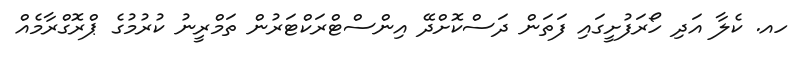
ހއ. ކެލާ އަދި ހޯރަފުށީގައި ފަތަން ދަސްކޮށްދޭ އިންސްޓްރަކްޓަރުން ތަމްރީނު ކުރުމުގެ ޕްރޮގްރާމެއް